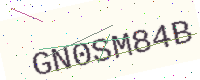
Text: GN0SM84B